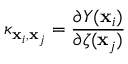
\kappa _ { \mathbf { x } _ { i } , \mathbf { x } _ { j } } = \frac { \partial Y ( \mathbf { x } _ { i } ) } { \partial \zeta ( \mathbf { x } _ { j } ) }